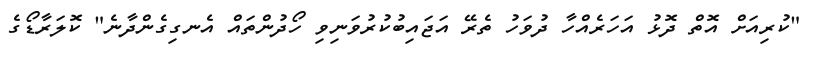
"ކުރިއަށް އޮތް ދޮޅު އަހަރެއްހާ ދުވަހު ތެރޭ އަޖައިބުކުރުވަނިވި ހޯދުންތައް އެނގިގެންދާނެ" ކޮލަރާޑޯގެ